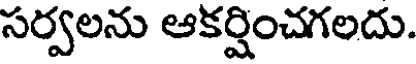
సర్వలను ఆకర్షించగలదు.